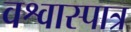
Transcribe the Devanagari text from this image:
वश्वास्पात्र